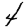
Digit: 4